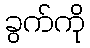
ခွက်ကို